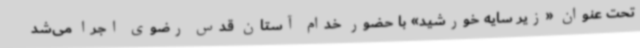
تحت عنوان «زیر سایه خورشید» با حضور خدام آستان قدس رضوی اجرا می‌شد